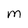
Character: m